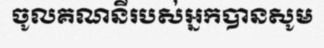
ចូលគណនីរបស់អ្នកបានសូម